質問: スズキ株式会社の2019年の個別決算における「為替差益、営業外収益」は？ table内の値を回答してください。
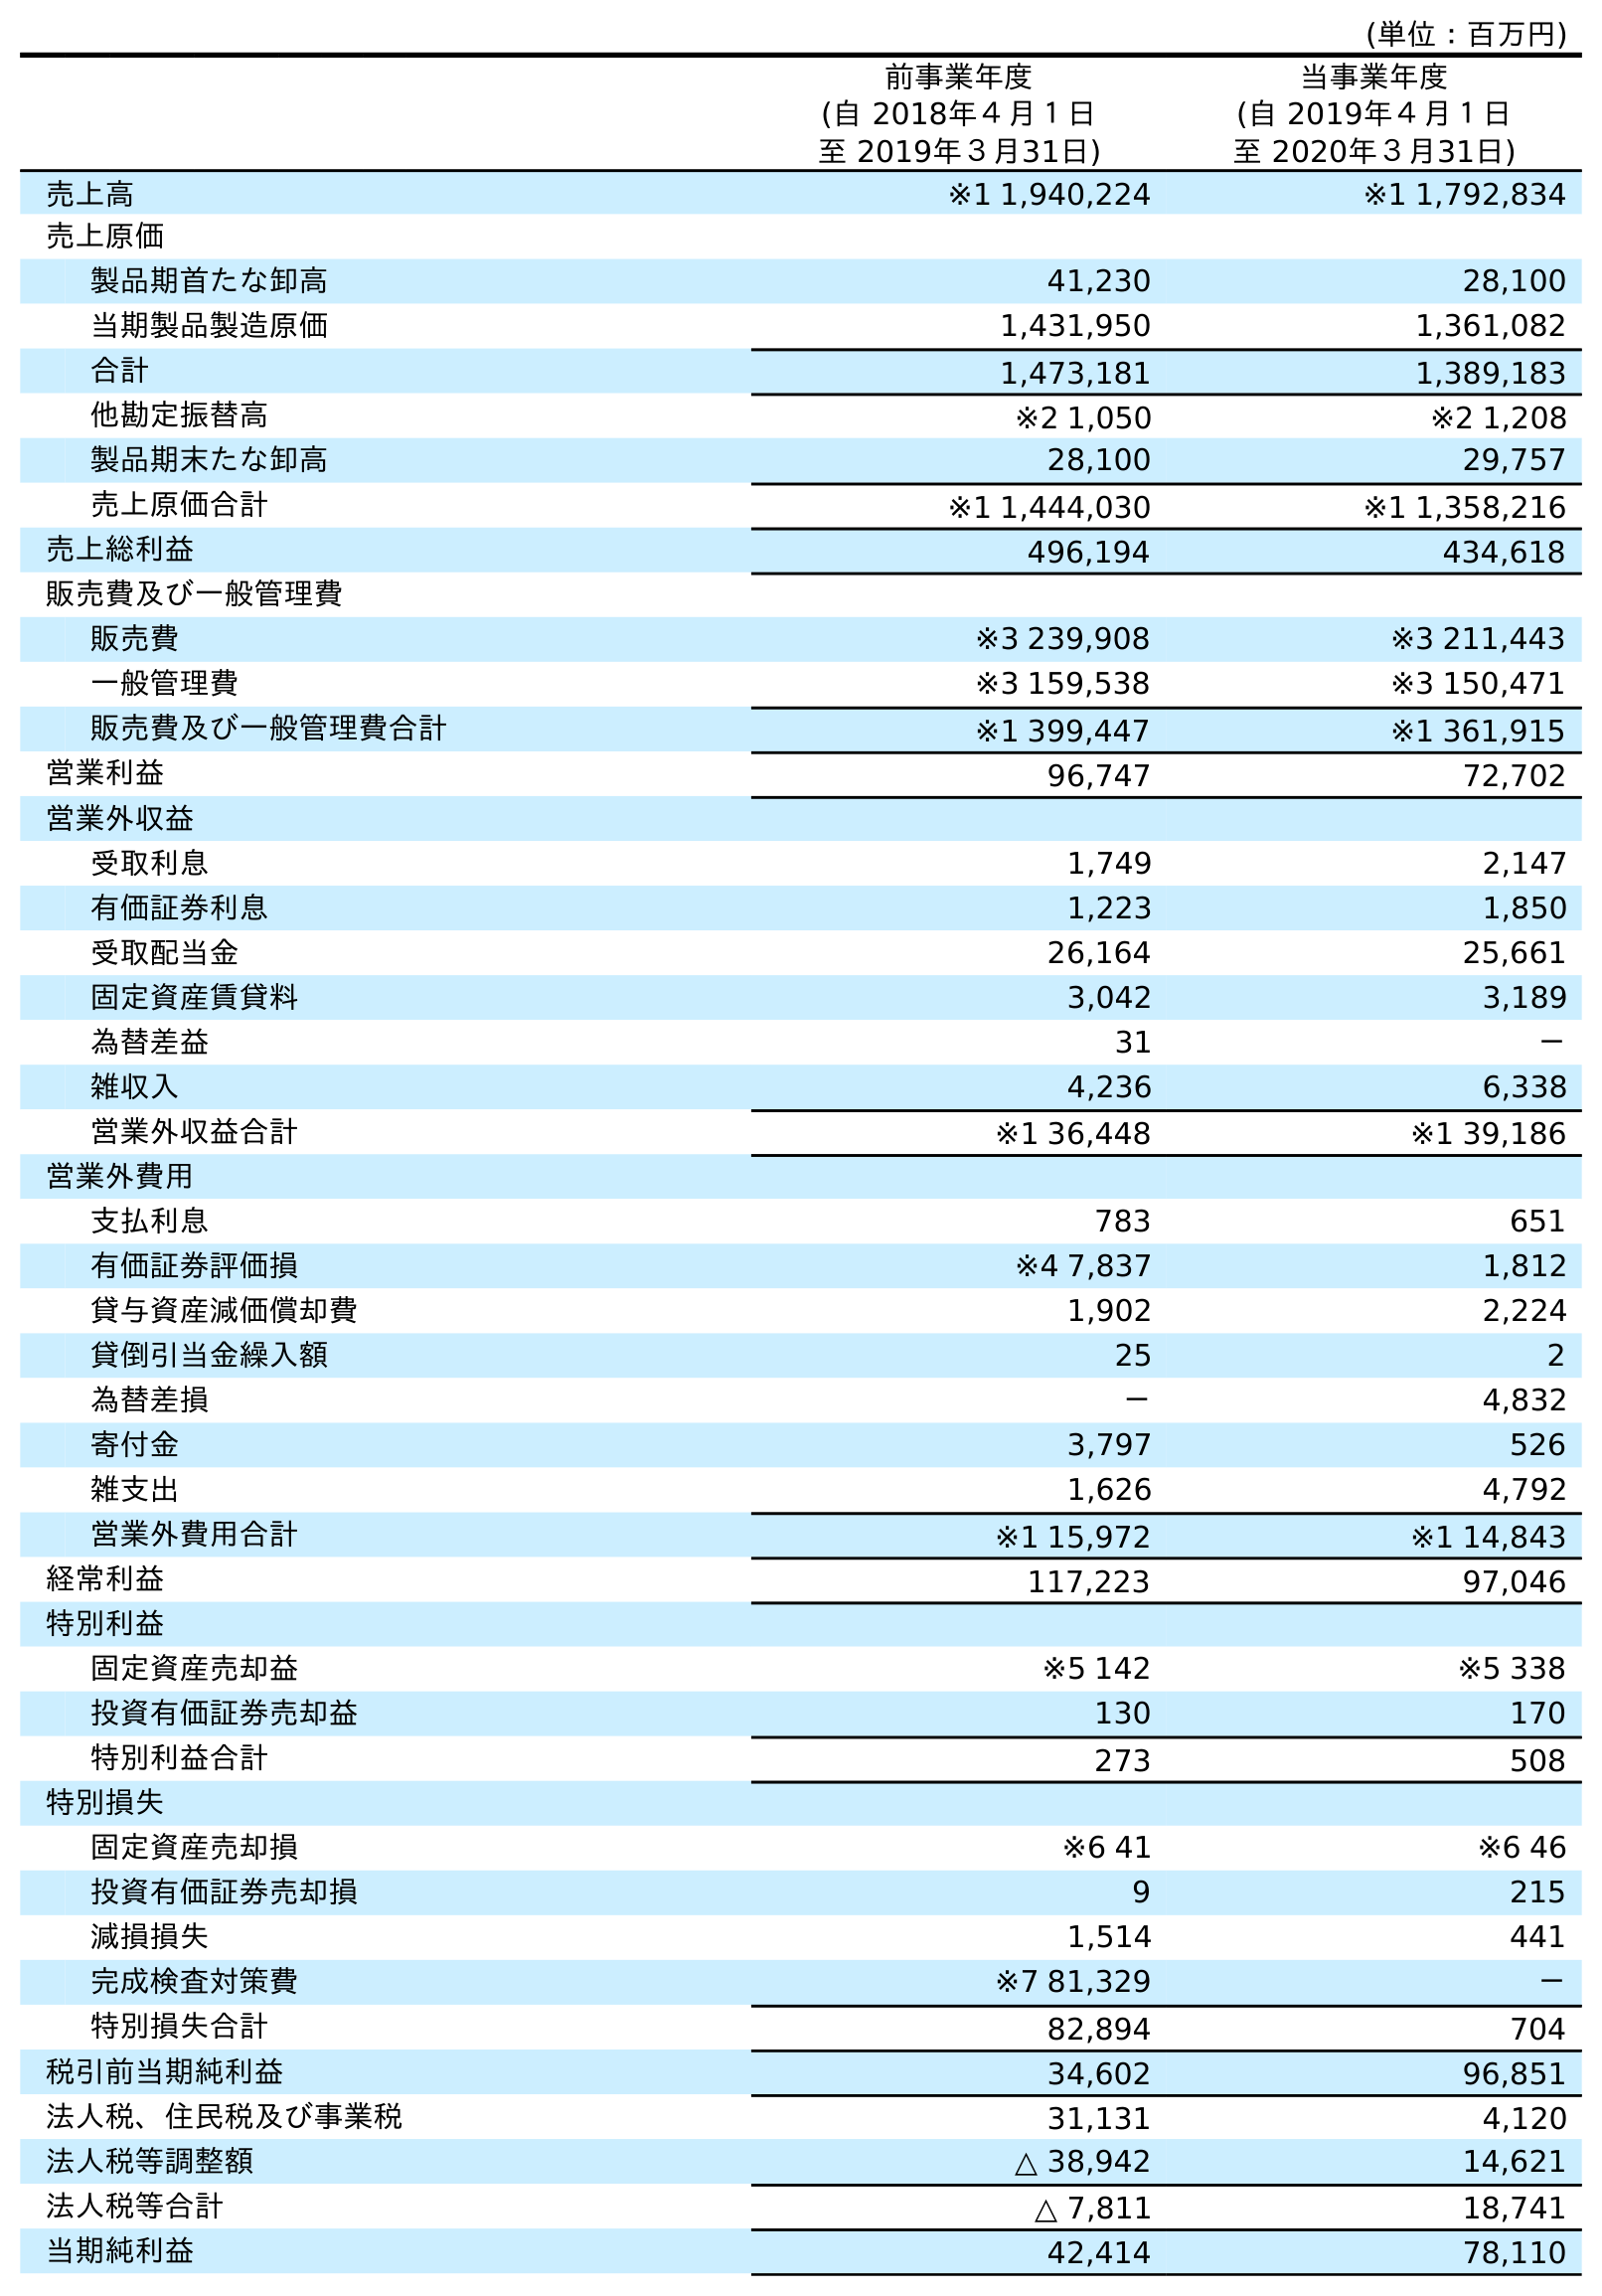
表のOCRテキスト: (単位：百万円) 前事業年度 (自 2018年４月１日 至 2019年３月31日) 当事業年度 (自 2019年４月１日 至 2020年３月31日) 売上高 ※1 1,940,224 ※1 1,792,834 売上原価 製品期首たな卸高 41,230 28,100 当期製品製造原価 1,431,950 1,361,082 合計 1,473,181 1,389,183 他勘定振替高 ※2 1,050 ※2 1,208 製品期末たな卸高 28,100 29,757 売上原価合計 ※1 1,444,030 ※1 1,358,216 売上総利益 496,194 434,618 販売費及び一般管理費 販売費 ※3 239,908 ※3 211,443 一般管理費 ※3 159,538 ※3 150,471 販売費及び一般管理費合計 ※1 399,447 ※1 361,915 営業利益 96,747 72,702 営業外収益 受取利息 1,749 2,147 有価証券利息 1,223 1,850 受取配当金 26,164 25,661 固定資産賃貸料 3,042 3,189 為替差益 31 － 雑収入 4,236 6,338 営業外収益合計 ※1 36,448 ※1 39,186 営業外費用 支払利息 783 651 有価証券評価損 ※4 7,837 1,812 貸与資産減価償却費 1,902 2,224 貸倒引当金繰入額 25 2 為替差損 － 4,832 寄付金 3,797 526 雑支出 1,626 4,792 営業外費用合計 ※1 15,972 ※1 14,843 経常利益 117,223 97,046 特別利益 固定資産売却益 ※5 142 ※5 338 投資有価証券売却益 130 170 特別利益合計 273 508 特別損失 固定資産売却損 ※6 41 ※6 46 投資有価証券売却損 9 215 減損損失 1,514 441 完成検査対策費 ※7 81,329 － 特別損失合計 82,894 704 税引前当期純利益 34,602 96,851 法人税、住民税及び事業税 31,131 4,120 法人税等調整額 △ 38,942 14,621 法人税等合計 △ 7,811 18,741 当期純利益 42,414 78,110
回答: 31